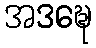
အဒဍ္ဎေ